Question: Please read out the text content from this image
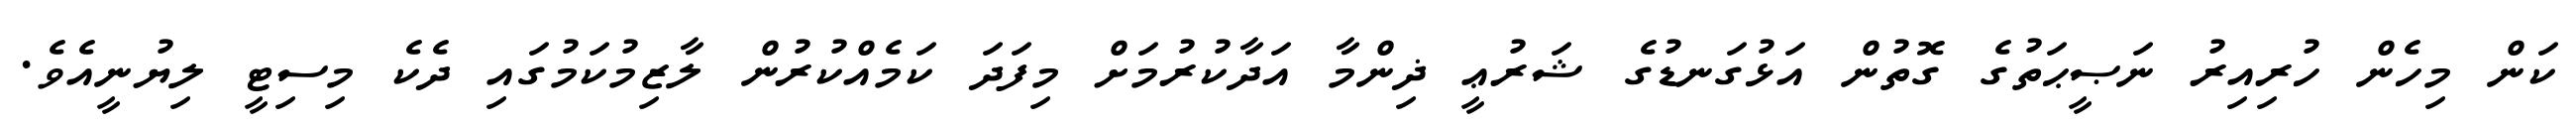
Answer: ކަން މިހެން ހުރިއިރު ނަޞީޙަތުގެ ގޮތުން އަޅުގަނޑުގެ ޝަރުޢީ ޛިންމާ އަދާކުރުމަށް މިފަދަ ކަމެއްކުރުން ލާޒިމުކަމުގައި ދެކެ މިސިޓީ ލިޔުނީއެވެ.